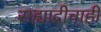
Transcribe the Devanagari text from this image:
सह्याद्रीचाही